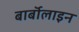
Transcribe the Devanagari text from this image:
बार्बॉलाइन